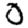
Digit: 0